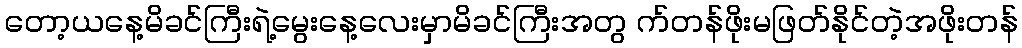
တော့ယနေ့မိခင်ကြီးရဲ့မွေးနေ့လေးမှာမိခင်ကြီးအတွ က်တန်ဖိုးမဖြတ်နိုင်တဲ့အဖိုးတန်